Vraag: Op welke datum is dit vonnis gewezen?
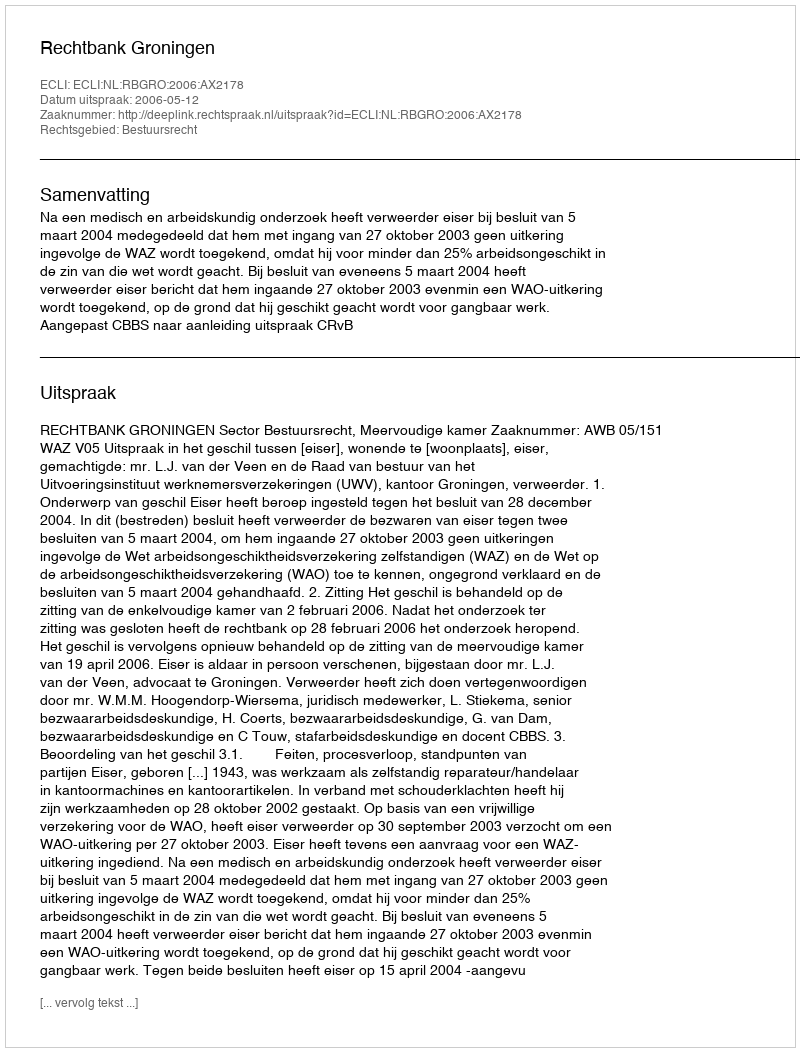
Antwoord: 2006-05-12